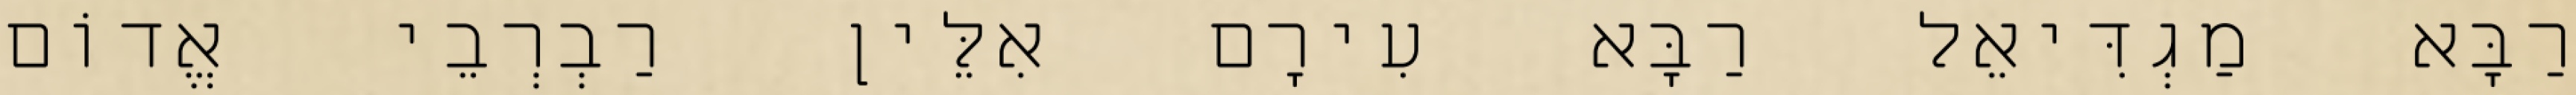
רַבָּא מַגְדִּיאֵל רַבָּא עִירָם אִלֵּין רַבְרְבֵי אֱדוֹם